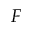
F